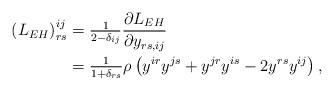
LaTeX: \begin{align*}\left( L_{EH}\right) _{rs}^{ij}& =\tfrac{1}{2-\delta _{ij}}\frac{\partial L_{EH}}{\partial y_{rs,ij}} \\& =\tfrac{1}{1+\delta _{rs}}\rho \left(y^{ir}y^{js}+y^{jr}y^{is}-2y^{rs}y^{ij}\right) , \end{align*}